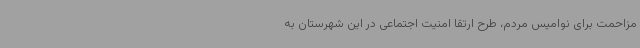
مزاحمت برای نوامیس مردم، طرح ارتقا امنیت اجتماعی در این شهرستان به